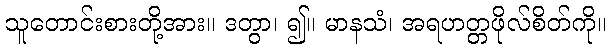
သူတောင်းစားတို့အား။ ဒတွာ၊ ၍။ မာနသံ၊ အရဟတ္တဖိုလ်စိတ်ကို။